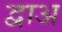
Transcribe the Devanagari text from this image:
द्वाअ